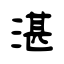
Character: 湛